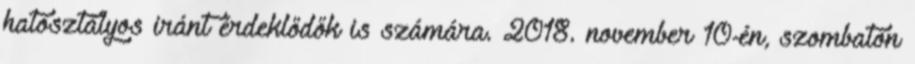
hatosztályos iránt érdeklődők is számára. 2018. november 10-én, szombaton